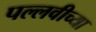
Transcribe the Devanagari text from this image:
पल्लवीच्या